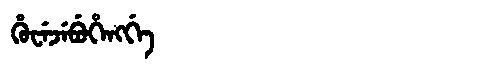
Manchu: ᡥᡠᠸᡝᠵᡝᠪᡠᡥᡝᠩᡤᡝ
Romanization: HUWEJEBUHENGGE